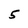
Character: 5